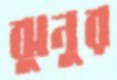
ঝুনুর